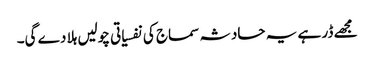
مجھے ڈر ہے یہ حادثہ سماج کی نفسیاتی چولیں ہلا دے گی۔